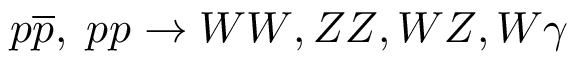
p \overline { { { p } } } , \; p p \rightarrow W W , Z Z , W Z , W \gamma